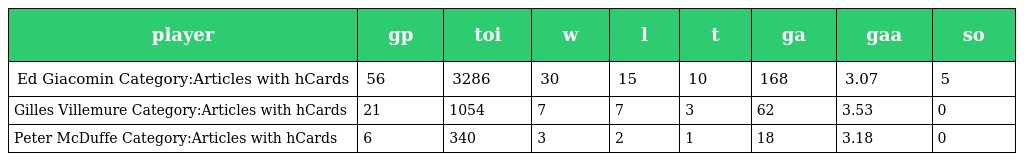
| player | gp | toi | w | l | t | ga | gaa | so |
 | --- | --- | --- | --- | --- | --- | --- | --- | --- |
 | Ed Giacomin Category:Articles with hCards | 56 | 3286 | 30 | 15 | 10 | 168 | 3.07 | 5 |
 | Gilles Villemure Category:Articles with hCards | 21 | 1054 | 7 | 7 | 3 | 62 | 3.53 | 0 |
 | Peter McDuffe Category:Articles with hCards | 6 | 340 | 3 | 2 | 1 | 18 | 3.18 | 0 |